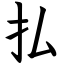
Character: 払